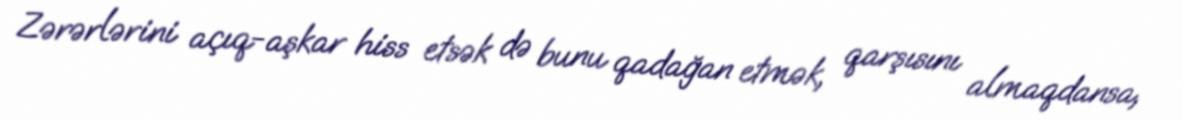
Zərərlərini açıq-aşkar hiss etsək də bunu qadağan etmək, qarşısını almaqdansa,